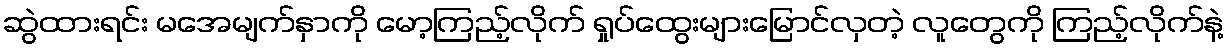
ဆွဲထားရင်း မအေမျက်နှာကို မော့ကြည့်လိုက် ရှုပ်ထွေးများမြောင်လှတဲ့ လူတွေကို ကြည့်လိုက်နဲ့